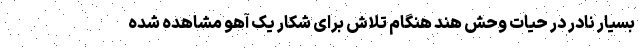
بسیار نادر در حیات وحش هند هنگام تلاش برای شکار یک آهو مشاهده شده